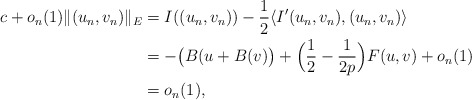
\begin{align*}c+o_{n}(1)\|(u_{n},v_{n})\|_{E}&=I((u_{n},v_{n}))-\frac{1}{2}\langle I'(u_{n},v_{n}),(u_{n},v_{n})\rangle\\&=-\big(B(u+B(v)\big)+\Big(\frac{1}{2}-\frac{1}{2p}\Big)F(u,v)+o_{n}(1)\\&=o_{n}(1),\end{align*}